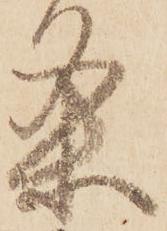
条